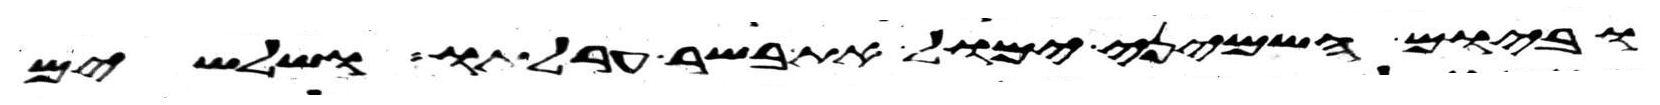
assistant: וביום השמיני ימול את בשר ערלתו ושלשים